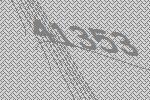
41353